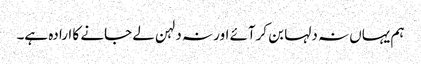
ہم یہاں نہ دلہا بن کرآئے اور نہ دلہن لے جانے کا ارادہ ہے۔